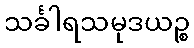
သင်္ခါရသမုဒယဉ္စ